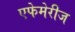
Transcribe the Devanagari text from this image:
एफेमेरीज